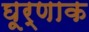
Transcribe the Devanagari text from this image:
घूर्णाक